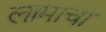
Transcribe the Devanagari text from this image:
लामाचा